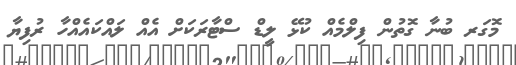
މޮގަރ ބުނާ ގޮތުން ފިލްމެއް ކުޅޭ ލީޑް ސްޓާރަކަށް އެއް ލައްކައެއްހާ ރުފިޔާ